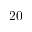
2 0